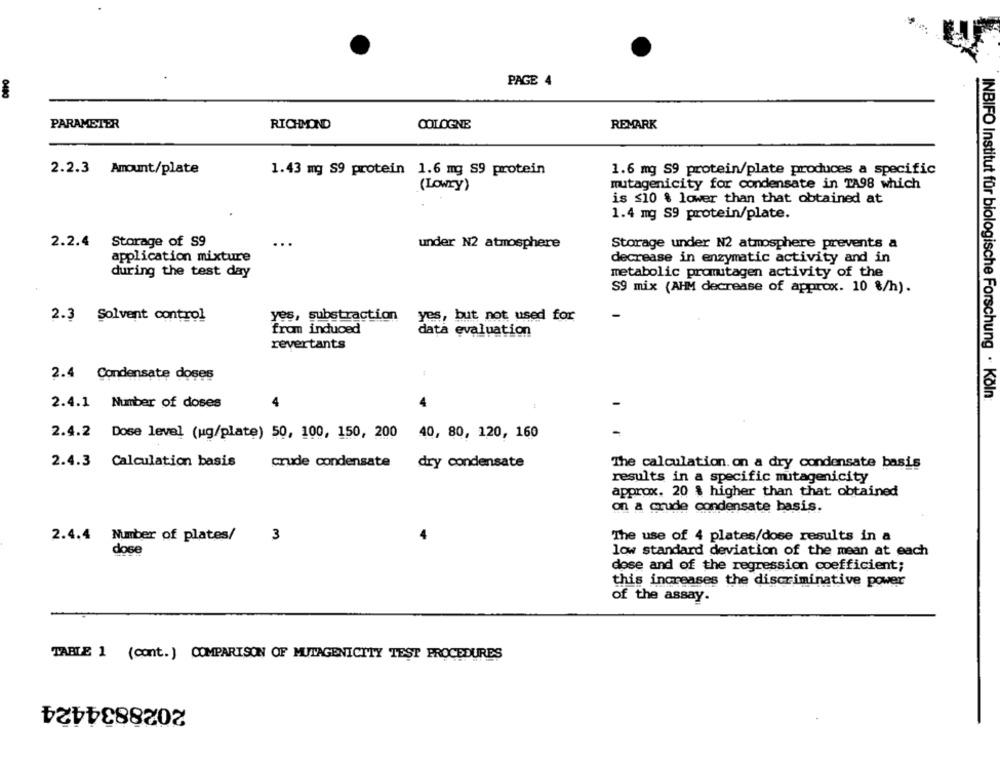
PAGE 4
0480
PARAMETER
RICHMOND
COLOGNE
REMARK
2.2.3 Amount/plate
1.43 mg S9 protein 1.6 mg S9 protein
1.6 mg S9 protein/plate produces a specific
(LOWry)
mutagenicity for condensate in TA98 which
is ≤10 % lower than that obtained at
1.4 mg S9 protein/plate.
2.2.4 Storage of S9
...
under N2 atmosphere
Storage under N2 atmosphere prevents a
application mixture
decrease in enzymatic activity and in
during the test day
metabolic promutagen activity of the
S9 mix (AHM decrease of approx. 10 %/h).
2.3 Solvent control
yes, substraction
yes, but not used for
fram induced
data evaluation
revertants
2.4 Condensate doses
2.4.1 Number of doses
4
INBIFO Institut für biologische Forschung . Köln:
2.4.2 Dose level (ug/plate) 50, 100, 150, 200 40, 80, 120, 160
2.4.3 Calculation basis
crude condensate dry condensate
The calculation. on a dry condensate basis
results in a specific mutagenicity
approx. 20 % higher than that obtained
on a crude condensate basis.
2.4.4 Number of plates/
3
The use of 4 plates/dose results in a
dose
low standard deviation of the mean at each
dose and of the regression coefficient;
this increases the discriminative power
of the assay.
TABLE 1 (cont. ) COMPARISON OF MUTAGENICITY TEST PROCEDURES
2028834424